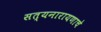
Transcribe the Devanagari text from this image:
सत्यनारायणाचे